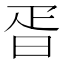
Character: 𣆁